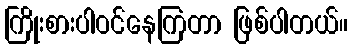
ကြိုးစားပါဝင်နေကြတာ ဖြစ်ပါတယ်။